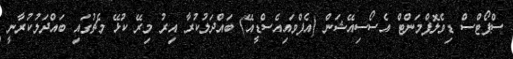
ސްޕޯޓްސް ޑިވެލޮޕްމަންޓް އެސޯސިއޭޝަން (އެފްވައިއެސްޑީއޭ) ބައްދަލުކުރާ އިރު މިރޭ ކުޅޭ މެޗުގައި ބައްދަލުކުރާނީ